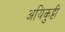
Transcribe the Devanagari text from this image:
अयिकुट्टी